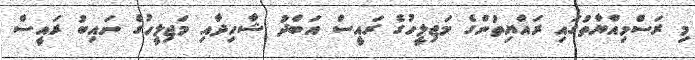
މި ރަސްމިއްޔާތުގައި ރައްޔިތުންގެ މަޖިލީހުގެ ރައީސް އަބްދު ޝާހިދާއި މަޖިލީހުގެ ނައިބު ރައީސް